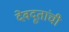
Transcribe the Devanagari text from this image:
देवदूतांची